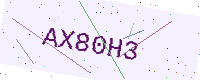
Text: AX80H3